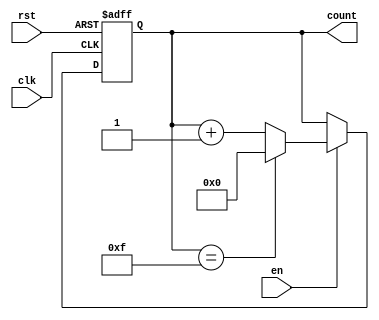
module multi_bit_counter #(
    parameter N = 4 // Number of bits for the counter (default: 4 bits)
)(
    input wire clk,        // Clock signal
    input wire rst,        // Asynchronous reset signal
    input wire en,         // Enable signal
    output reg [N-1:0] count // N-bit counter value
);

// Always block triggered on the rising edge of the clock
always @(posedge clk or posedge rst) begin
    if (rst) begin
        count <= 0; // Reset the counter to 0
    end
    else if (en) begin
        // Increment the counter and wrap around if necessary
        if (count == (1 << N) - 1) begin
            count <= 0; // Wrap around to 0
        end
        else begin
            count <= count + 1; // Increment the counter
        end
    end
end

endmodule